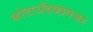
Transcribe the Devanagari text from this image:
कोटाॲडव्हायजर